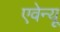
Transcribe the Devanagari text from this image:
एवेन्‍यू